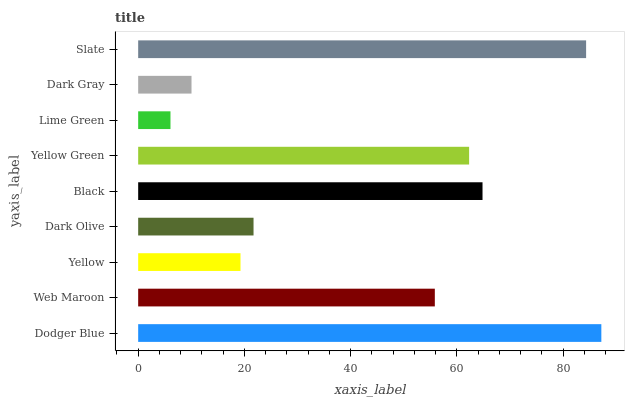
| yaxis_label | bars |
 | --- | --- |
 | Dodger Blue | 87.2 |
 | Web Maroon | 55.8 |
 | Yellow | 19.3 |
 | Dark Olive | 21.7 |
 | Black | 64.8 |
 | Yellow Green | 62.3 |
 | Lime Green | 6.08 |
 | Dark Gray | 10 |
 | Slate | 84.3 |